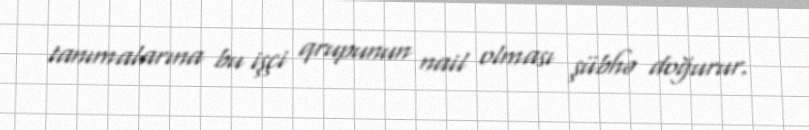
tanımalarına bu işçi qrupunun nail olması şübhə doğurur.